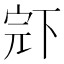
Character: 𱍝